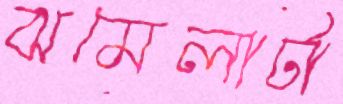
ঝমেলাটা